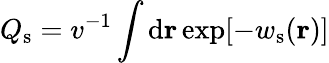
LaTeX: Q_{\mathrm{s}}=v^{-1}\int\mathrm{d}\mathbf{r}\exp[-w_{\mathrm{s}}(\mathbf{r})]